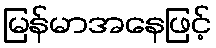
မြန်မာအနေဖြင့်